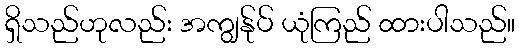
ရှိသည်ဟုလည်း အကျွန်ုပ် ယုံကြည် ထားပါသည်။